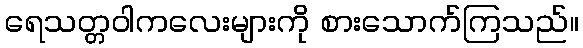
ရေသတ္တဝါကလေးများကို စားသောက်ကြသည်။